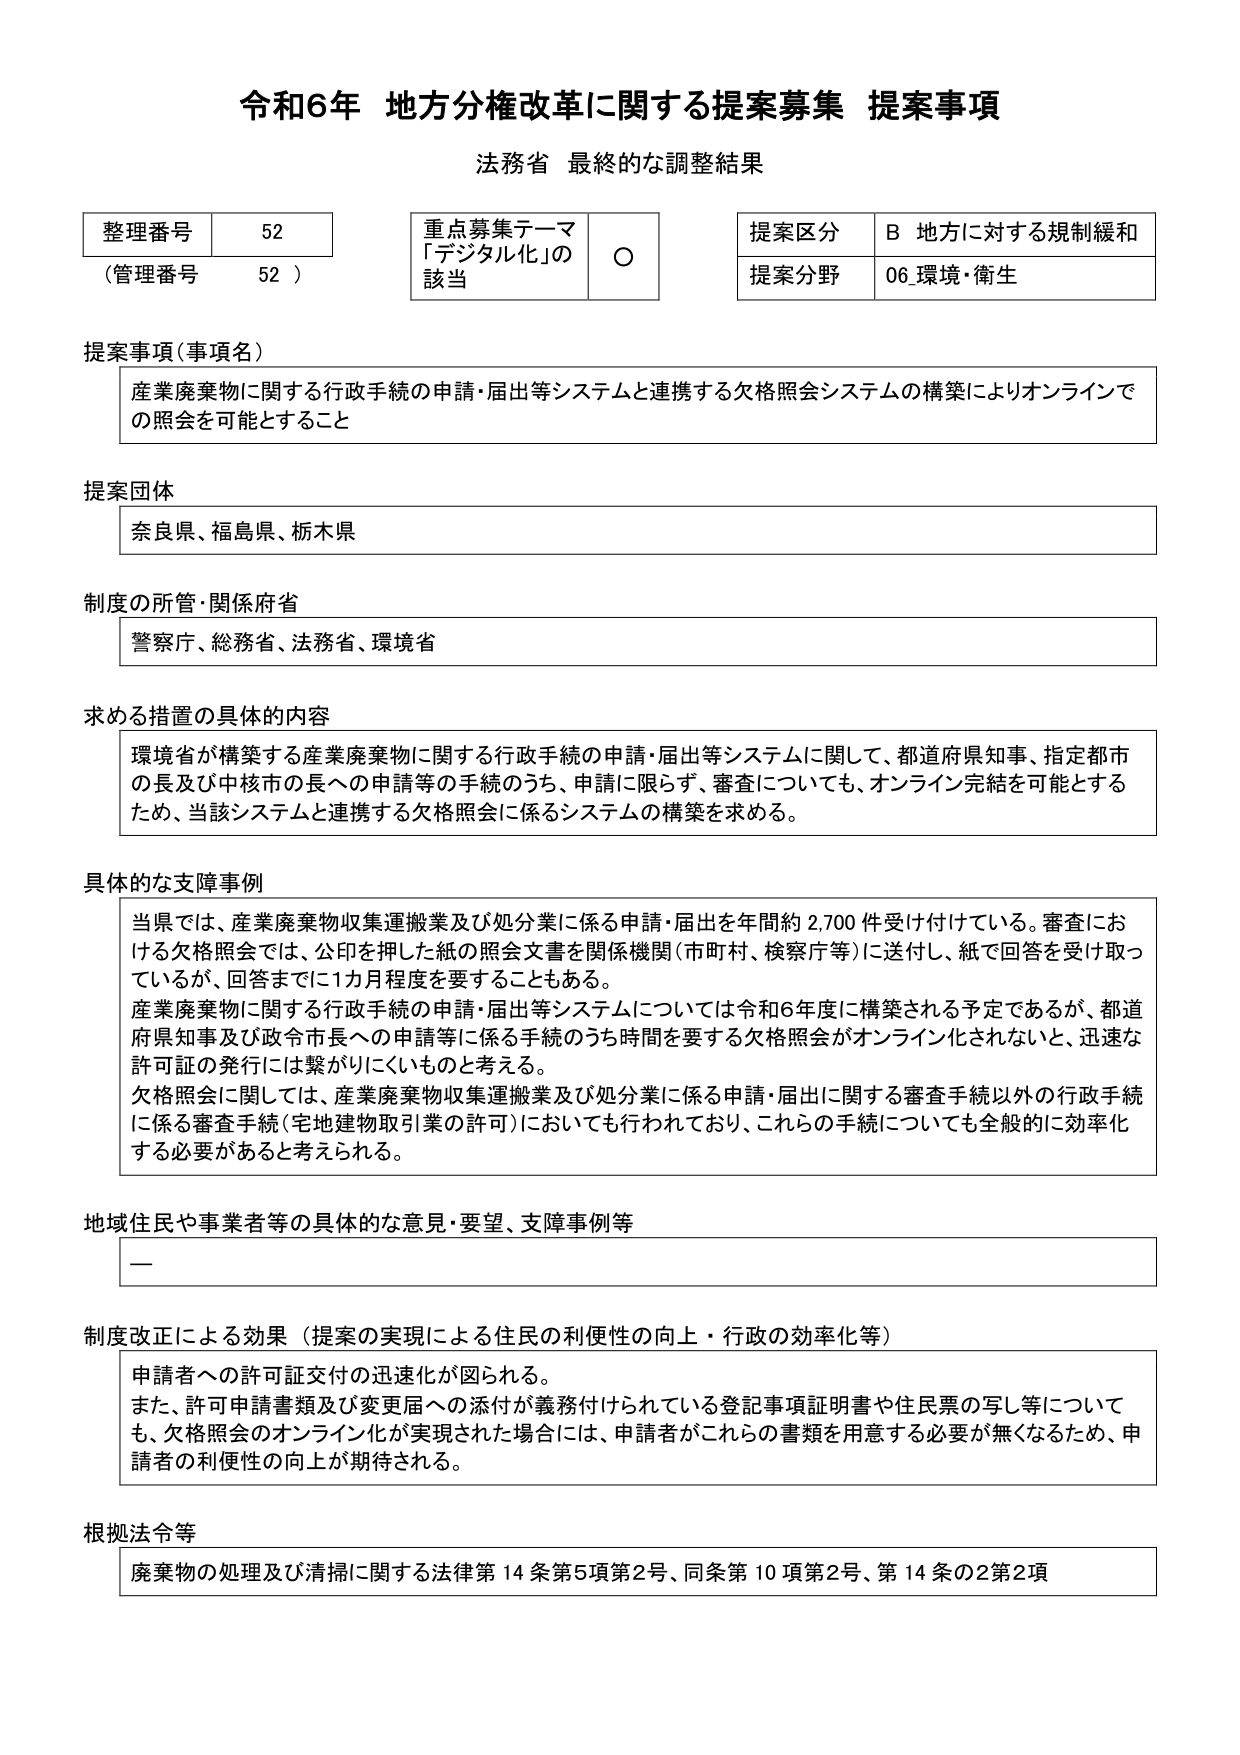
令和6年 地方分権改革に関する提案募集 提案事項
法務省 最終的な調整結果

整理番号 52
（管理番号 52）

重点募集テーマ
「デジタル化」の
該当 ○

提案区分 B 地方に対する規制緩和
提案分野 06 環境・衛生

提案事項（事項名）
産業廃棄物に関する行政手続の申請・届出等システムと連携する欠格照会システムの構築によりオンラインでの照会を可能とすること

提案団体
奈良県、福島県、栃木県

制度の所管・関係府省
警察庁、総務省、法務省、環境省

求める措置の具体的内容
環境省が構築する産業廃棄物に関する行政手続の申請・届出等システムに関して、都道府県知事、指定都市の長及び中核市の長への申請等の手続のうち、申請に限らず、審査についても、オンライン完結を可能とするため、当該システムと連携する欠格照会に係るシステムの構築を求める。

具体的な支障事例
当県では、産業廃棄物収集運搬業及び処分業に係る申請・届出を年間約2,700件受け付けている。審査における欠格照会では、公印を押した紙の照会文書を関係機関（市町村、検察庁等）に送付し、紙で回答を受け取っているが、回答までに1カ月程度を要することもある。
産業廃棄物に関する行政手続の申請・届出等システムについては令和6年度に構築される予定であるが、都道府県知事及び政令市長への申請等に係る手続のうち時間を要する欠格照会がオンライン化されないと、迅速な許可証の発行には繋がりにくいものと考える。
欠格照会に関しては、産業廃棄物収集運搬業及び処分業に係る申請・届出に関する審査手続以外の行政手続に係る審査手続（宅地建物取引業の許可）においても行われており、これらの手続についても全般的に効率化する必要があると考えられる。

地域住民や事業者等の具体的な意見・要望、支障事例等
ー

制度改正による効果（提案の実現による住民の利便性の向上・行政の効率化等）
申請者への許可証交付の迅速化が図られる。
また、許可申請書類及び変更届への添付が義務付けられている登記事項証明書や住民票の写し等についても、欠格照会のオンライン化が実現された場合には、申請者がこれらの書類を用意する必要が無くなるため、申請者の利便性の向上が期待される。

根拠法令等
廃棄物の処理及び清掃に関する法律第14条第5項第2号、同条第10項第2号、第14条の2第2項